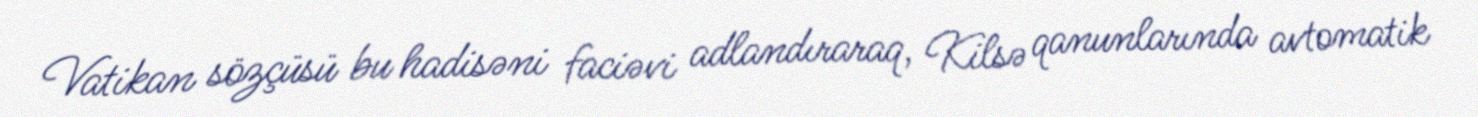
Vatikan sözçüsü bu hadisəni faciəvi adlandıraraq, Kilsə qanunlarında avtomatik